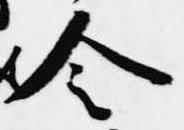
令